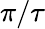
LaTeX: \pi/\tau